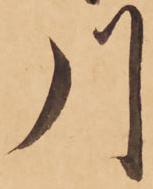
川